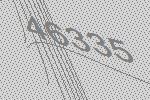
46335